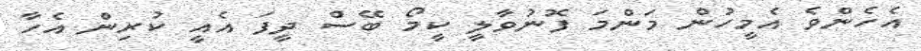
އެހެންވެ އެމީހުން މަންމަ ފޮނުވާލީ ކީމޯ ބޭސް ދީފަ އެއީ ކުރިން އެހާ